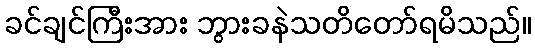
ခင်ချင်ကြီးအား ဘွားခနဲသတိတော်ရမိသည်။